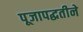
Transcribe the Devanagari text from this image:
पूजापद्धतीने